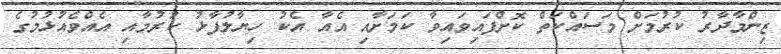
ޒިންމާދާރު ކުރުމަށް މަސައްކަތް ކޮށްފައިވައިވާ ކަމަށާއި އެއާ އެކު ހިޔާލުފާޅު ކުރުމާއި އެއްވެއުޅުމުގެ